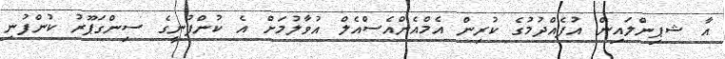
އާ ޝޕިންލައިން އުފެއްދުމުގެ ކުރިން އެމްއެންއެސްއެލް އުވާލުމަށް އެ ކުންފުނީގެ ސިންގަޕޫރު ކުންފުނި